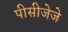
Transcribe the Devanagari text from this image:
पीसीजेजे